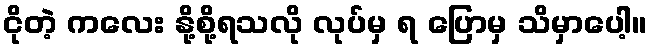
ငိုတဲ့ ကလေး နို့စို့ရသလို လုပ်မှ ရ ပြောမှ သိမှာပေါ့။